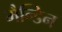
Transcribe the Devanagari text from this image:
मैन्डिन